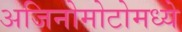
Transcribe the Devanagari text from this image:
अजिनोमोटोमध्ये